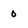
Character: 0